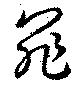
罪